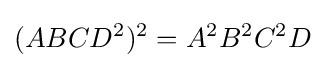
(ABCD^{2})^{2}=A^{2}B^{2}C^{2}D